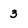
Character: 3